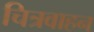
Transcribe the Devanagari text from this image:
चित्रवाहन